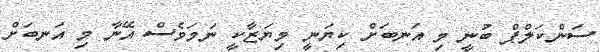
ސަންކަލްޕް ބުނީ މި އަނބަށް ކިޔަނީ މިޔަޒާކީ ނަމަވެސް އޭނާ މި އަނބަށް